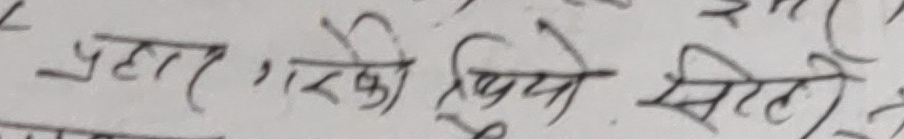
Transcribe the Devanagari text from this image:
प्रहा, गरेको थियो सेती